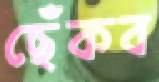
ছেঁকব